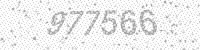
Solution: 977566